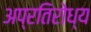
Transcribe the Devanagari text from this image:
अप्रतिरोध्य